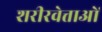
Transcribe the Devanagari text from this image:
शरीरवेत्ताओं